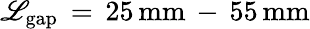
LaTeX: \mathscr{L}_{\mathrm{{{gap}}}}\, =\, 25\, \mathrm{{{mm}\, -\, 55\, \mathrm{{{mm}}}}}